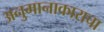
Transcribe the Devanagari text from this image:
अनुमानाकाराचा